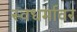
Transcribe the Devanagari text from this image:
स्वधर्मावर